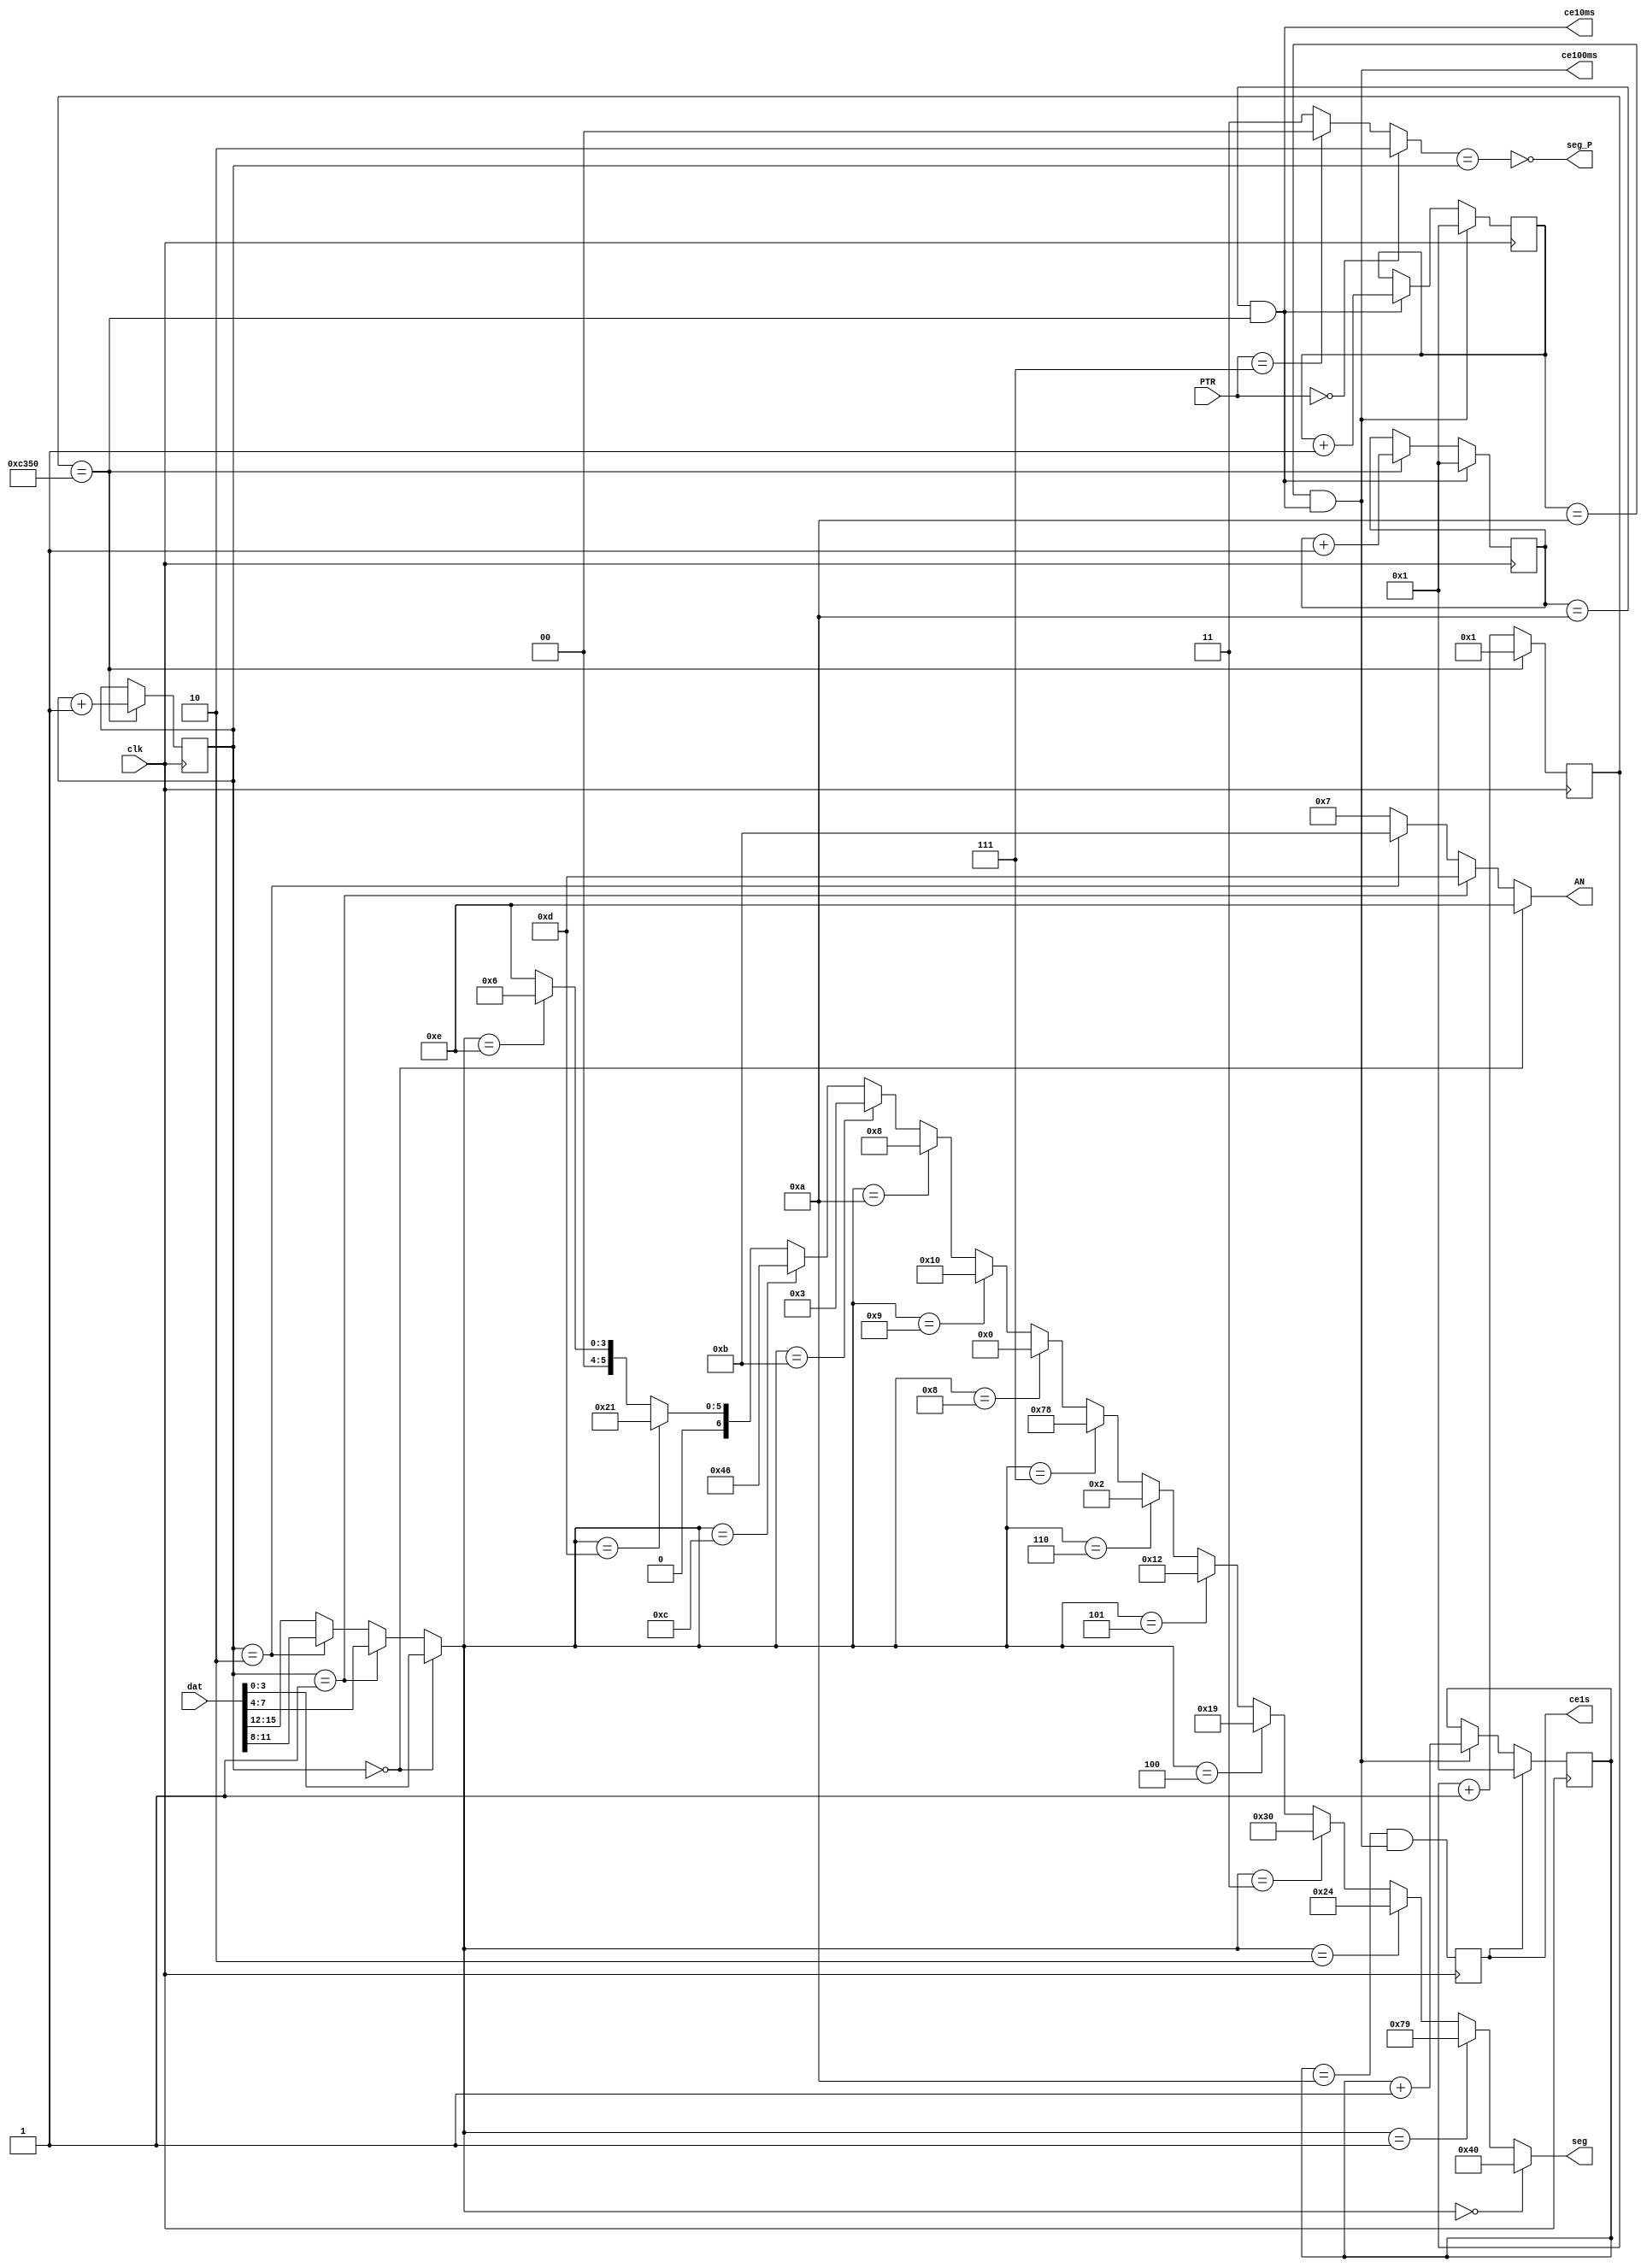
module DISPLAY(input clk,       output wire[3:0] AN, //
               input [15:0]dat, output wire [6:0]seg, //
               input [2:0]PTR,  output wire seg_P, //
                                output wire ce10ms, //10 
                                output wire ce100ms, //100 
                                output reg ce1s=0); //1 

  parameter Fclk=50000000 ; //50000000 Hz
  parameter F1kHz=1000 ; //1 kHz
  parameter F100Hz=100 ; //100 Hz

  wire [1:0]ptr_P = (PTR==0)? 2'b10 : //   (XX.XX)
                    (PTR==7)? 2'b00 : //  (XXXX.)
                              2'b11 ; //  (X.XXX)

  reg [15:0] cb_1ms = 0 ;
  wire ce = (cb_1ms==Fclk/F1kHz) ;

  reg [3:0]cb_10ms=0 ;
  assign ce10ms = (cb_10ms==10) & ce ;

  reg [3:0]cb_100ms=0 ;
  assign ce100ms = (cb_100ms==10) & ce10ms ;

  reg [3:0]cb_1s=0 ;
  //--  ce ( 1 ,  Tclk=20 )--
  always @ (posedge clk) begin
    cb_1ms <= ce? 1 : cb_1ms+1 ;
    cb_10ms <= ce10ms? 1 : ce? cb_10ms+1 : cb_10ms ;
    cb_100ms <= ce100ms? 1 : ce10ms? cb_100ms+1 : cb_100ms ;
    cb_1s <= ce1s? 1 : ce100ms? cb_1s+1 : cb_1s ;
    ce1s <= (cb_1s==10) & ce100ms ;
  end
  //------   -----------------------------------------
  reg [1:0]cb_dig=0 ;
  always @ (posedge clk) if (ce) begin
    cb_dig <= cb_dig+1 ;
  end
  //------- -------------
  assign AN = (cb_dig==0)? 4'b1110 : //  0 ()
              (cb_dig==1)? 4'b1101 : //  1
              (cb_dig==2)? 4'b1011 : //  2
                           4'b0111 ; //  3 ()
  //-------  (HEX )-------------
  wire[3:0] dig =(cb_dig==0)? dat[3:0]:
                 (cb_dig==1)? dat[7:4]:
                 (cb_dig==2)? dat[11:8]: 
                              dat[15:12];
  //-------  ----------
  //gfedcba
  assign seg= (dig== 0)? 7'b1000000 ://0 a
              (dig== 1)? 7'b1111001 ://1 f| |b
              (dig== 2)? 7'b0100100 ://2 g
              (dig== 3)? 7'b0110000 ://3 e| |c
              (dig== 4)? 7'b0011001 ://4 d
              (dig== 5)? 7'b0010010 ://5
              (dig== 6)? 7'b0000010 ://6
              (dig== 7)? 7'b1111000 ://7
              (dig== 8)? 7'b0000000 ://8
              (dig== 9)? 7'b0010000 ://9
              (dig==10)? 7'b0001000 ://A
              (dig==11)? 7'b0000011 ://b
              (dig==12)? 7'b1000110 ://C
              (dig==13)? 7'b0100001 ://d
              (dig==14)? 7'b0000110 ://E
                         7'b0001110 ;//F
  //------- -------
  assign seg_P = !(ptr_P == cb_dig) ;

endmodule